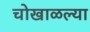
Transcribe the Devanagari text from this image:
चोखाळल्या